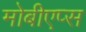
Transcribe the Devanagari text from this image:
मोबीएप्स